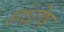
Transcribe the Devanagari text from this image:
संघोष